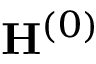
\mathbf { H } ^ { ( 0 ) }